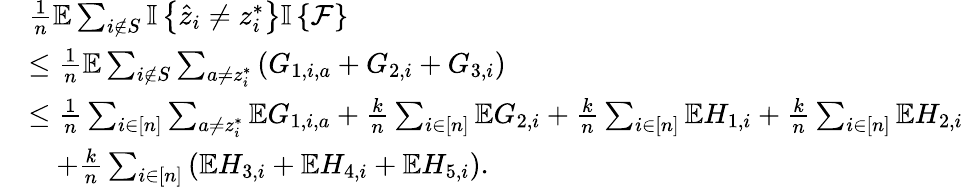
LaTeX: \begin{array}{rl}&{\frac{1}{n}\mathbb{E}\sum_{i\notin S}{\mathbb{I}\left\{ {\hat{z}_{i}\neq z_{i}^{*}}\right\} }{\mathbb{I}\left\{ {\mathcal{F}}\right\} }}\\ &{\leq\frac{1}{n}\mathbb{E}\sum_{i\notin S}\sum_{a\neq z_{i}^{*}}\left(G_{1,i,a}+G_{2,i}+G_{3,i}\right)}\\ &{\leq\frac{1}{n}\sum_{i\in[n]}\sum_{a\neq z_{i}^{*}}\mathbb{E}G_{1,i,a}+\frac{k}{n}\sum_{i\in[n]}\mathbb{E}G_{2,i}+\frac{k}{n}\sum_{i\in[n]}\mathbb{E}H_{1,i}+\frac{k}{n}\sum_{i\in[n]}\mathbb{E}H_{2,i}}\\ &{\quad+\frac{k}{n}\sum_{i\in[n]}\left(\mathbb{E}H_{3,i}+\mathbb{E}H_{4,i}+\mathbb{E}H_{5,i}\right).}\end{array}